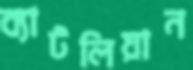
ব্যাটলিয়ান